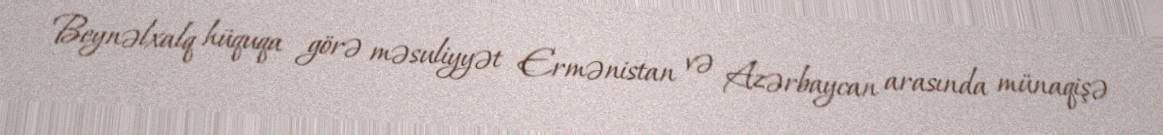
Beynəlxalq hüquqa görə məsuliyyət Ermənistan və Azərbaycan arasında münaqişə